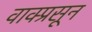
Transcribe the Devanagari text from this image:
वाक्प्रसून